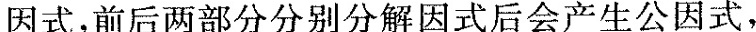
因式，前后两部分分别分解因式后会产生公因式，